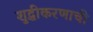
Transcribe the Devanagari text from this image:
शुद्धीकरणाची